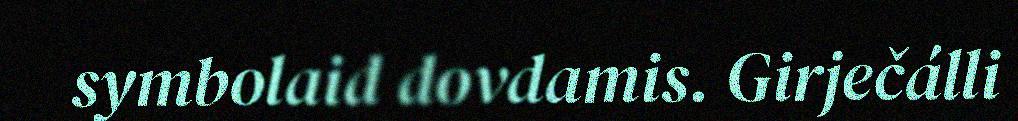
symbolaid dovdamis. Girječálli